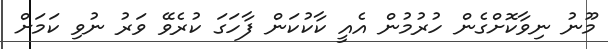
މޫނު ނިވާކޮށްގެން ހުރުމުން އެއީ ކާކުކަން ފާހަގަ ކުރެވޭ ވަރު ނުވި ކަމަށް